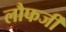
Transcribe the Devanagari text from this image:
लौफर्जी